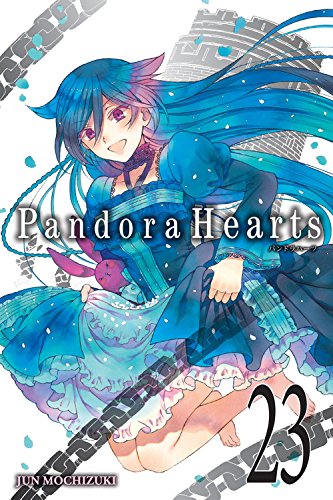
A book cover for PandoraHearts, Vol. 23; Jun Mochizuki; Comics & Graphic Novels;